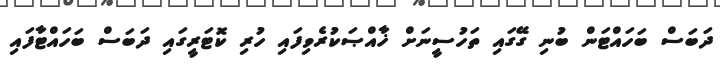
ދަބަސް ބަހައްޓަން ބުނި ގޭގައި ތަހުސީނަށް ޚާއްޞަކުރެވިފައި ހުރި ކޮޓަރީގައި ދަބަސް ބަހައްޓާފައި